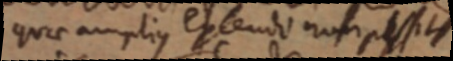
quae amplius extendo non possint